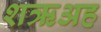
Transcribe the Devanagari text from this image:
शऋअह